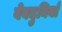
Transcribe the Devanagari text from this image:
वेबदुनियाँ